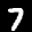
Label: 7